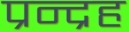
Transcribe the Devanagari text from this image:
प्रन्द्रह